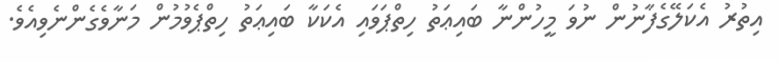
އިތުރު އެކަލޭގެފާނުން ނުވަ މީހުންނާ ބައިޢަތު ހިތްޕަވައި އެކަކާ ބައިޢަތު ހިތްޕެވުމުން މަނާވެގެންނެވިއެވެ.